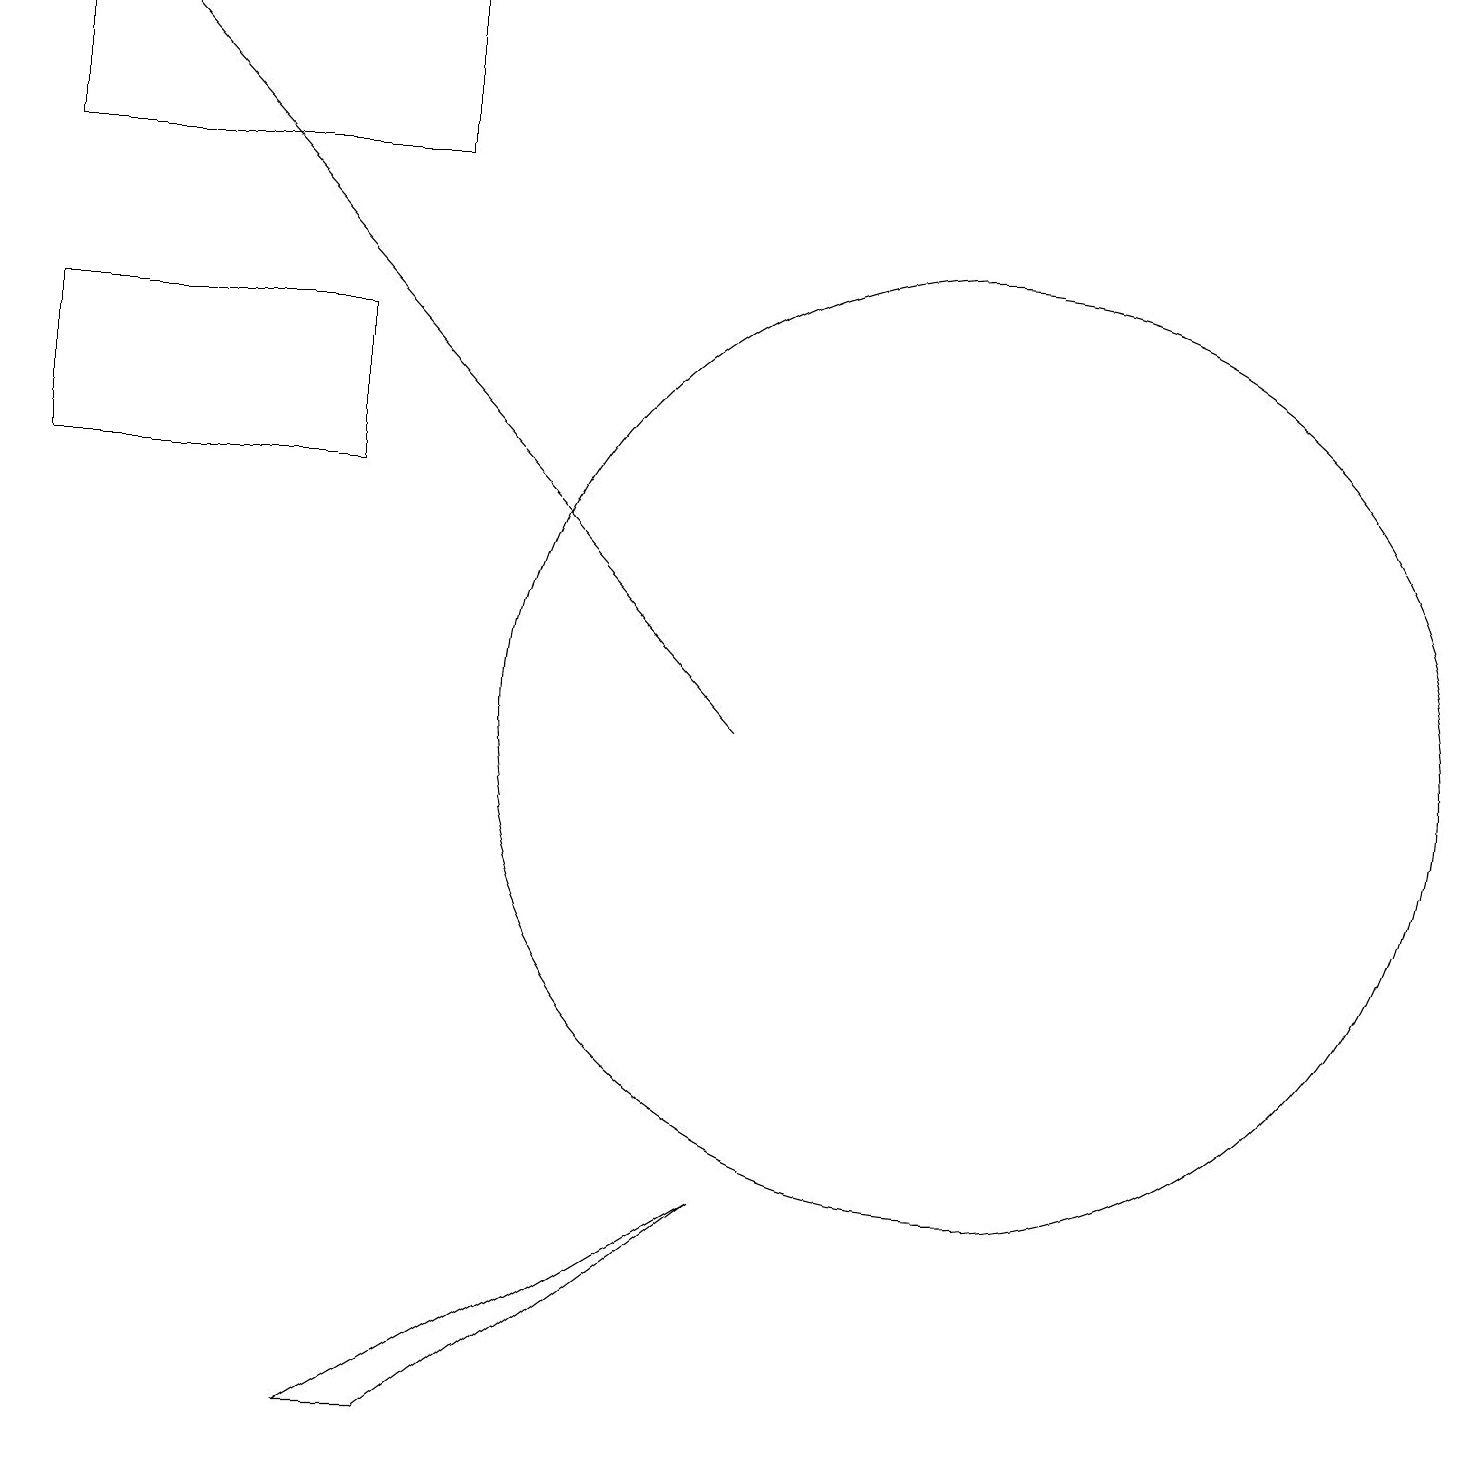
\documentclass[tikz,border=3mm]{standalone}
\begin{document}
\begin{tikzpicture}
\draw (12,10) circle (6);
\draw (0,17) rectangle (5,19);
\draw (5,1) -- (4,1) -- (9,4) -- cycle;
\draw (4,13) rectangle (0,15);
\draw[->] (9,10) -- (1,19);
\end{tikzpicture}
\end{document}